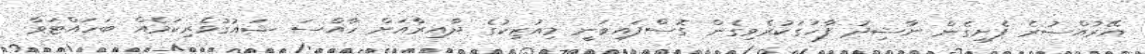
އޭރުއްސުރެ ފެށިގެން ނާޝިދު ފާހަގަކުރެވިގެން ގޮސްފައިވަނީ މިއުޒިކުގެ ދާއިރާއަށް ހާއްސަ ޝައުގުވެރިކަމެއް ބަހައްޓަވާ